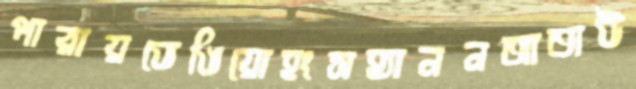
পারায়ভেঙিয়োহংসহ্যাননআতাউ